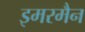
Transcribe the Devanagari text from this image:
इमरमैन